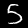
Label: 5